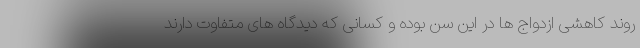
روند کاهشی ازدواج ها در این سن بوده و کسانی که دیدگاه های متفاوت دارند